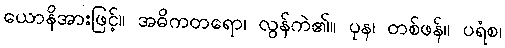
ယောနိအားဖြင့်။ အဓိကတရော၊ လွန်ကဲ၏။ ပုန၊ တစ်ဖန်။ ပရံစ၊